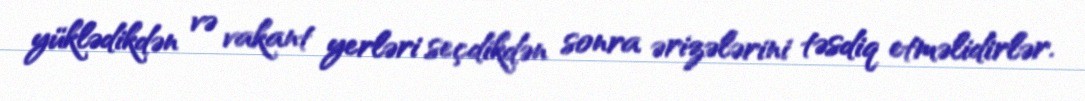
yüklədikdən və vakant yerləri seçdikdən sonra ərizələrini təsdiq etməlidirlər.